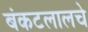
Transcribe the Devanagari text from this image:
बंकटलालचे